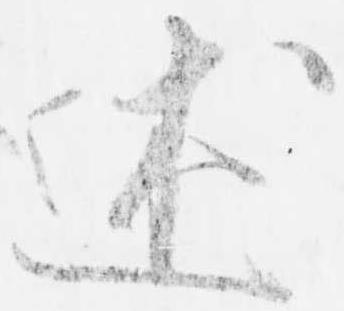
述